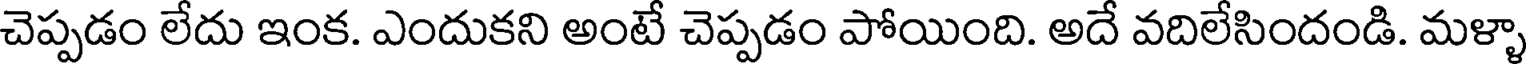
చెప్పడం లేదు ఇంక. ఎందుకని అంటే చెప్పడం పోయింది. అదే వదిలేసిందండి. మళ్ళా